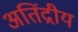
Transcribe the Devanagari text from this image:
अतिंद्रीय